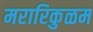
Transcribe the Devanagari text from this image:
मरारिकुळम